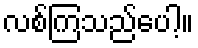
လစ်ကြသည်ပေါ့။